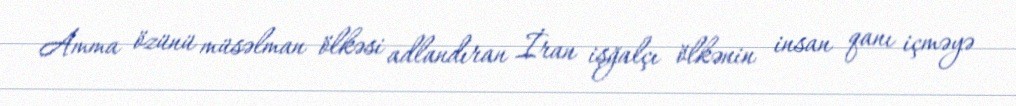
Amma özünü müsəlman ölkəsi adlandıran İran işğalçı ölkənin insan qanı içməyə